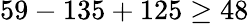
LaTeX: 59-135+125\geq 48